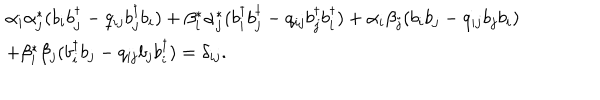
\begin{array} { l } { { \alpha _ { i } \alpha _ { j } ^ { * } ( b _ { i } b _ { j } ^ { \dagger } - q _ { i j } b _ { j } ^ { \dagger } b _ { i } ) + \beta _ { i } ^ { * } \alpha _ { j } ^ { * } ( b _ { i } ^ { \dagger } b _ { j } ^ { \dagger } - q _ { i j } b _ { j } ^ { \dagger } b _ { i } ^ { \dagger } ) + \alpha _ { i } \beta _ { j } ( b _ { i } b _ { j } - q _ { i j } b _ { j } b _ { i } ) } } \\ { { + \beta _ { i } ^ { * } \beta _ { j } ( b _ { i } ^ { \dagger } b _ { j } - q _ { i j } b _ { j } b _ { i } ^ { \dagger } ) = \delta _ { i j } . } } \\ \end{array}